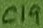
Text: C19